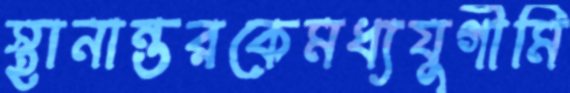
স্থানান্তরকেমধ্যযুগীমি